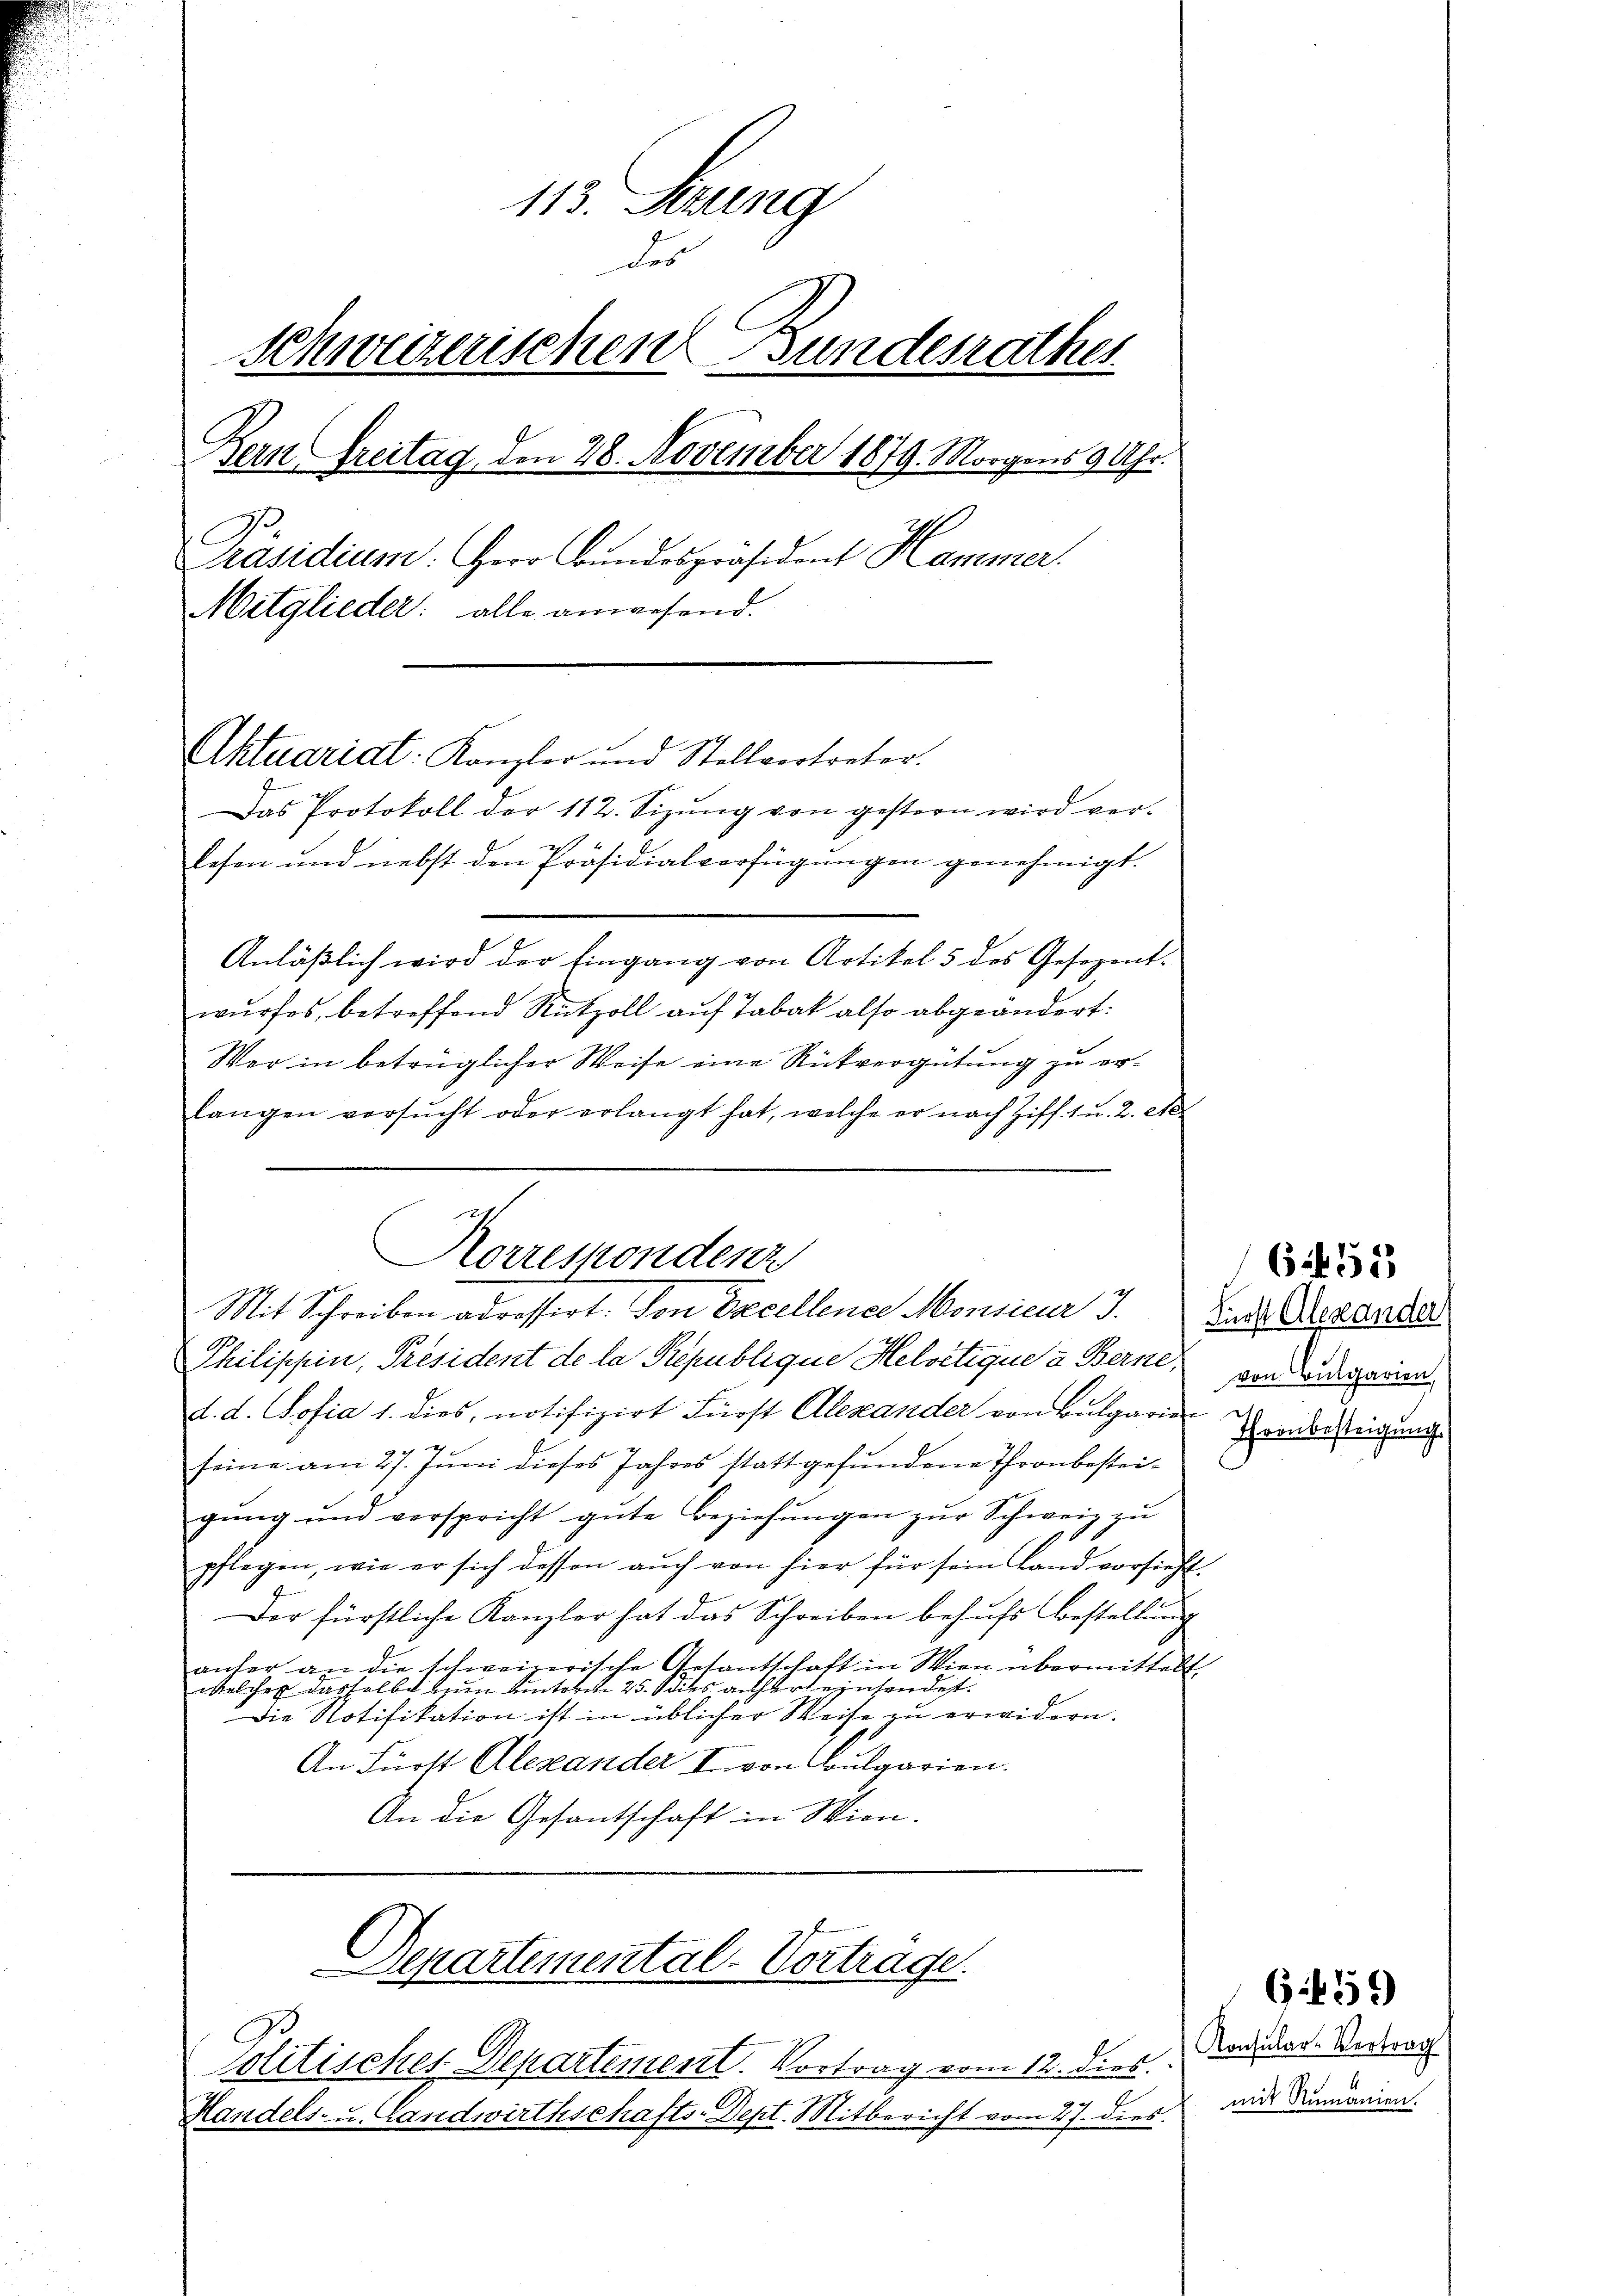
113. Seung
des
Schweizerischen Bundesrathes
Bern Greitag den 28. November 1879. Morgens 9 Uhr.
Präsidium. Herr Bundespräsident Hanener.
Mitglieder: alle anwesend.
Aktuariat: Kanzler und Stellvortreter.
Das Protokoll der 112. Sizŭng von gestern wird ver-
lesen und nebst den Präsidialverfügŭngen genehmigt.

Anläßlich wird der Eingang von Artikel 5 des Gesezentwurfes, betreffend Rützoll auf Tabak also abgeändert:
Wer in betrüglicher Weise eine Rückvergütung zu erlangen versŭcht oder erlangt hat, welche er nach Ziff. 1 u. 2. et
Philippin, Président de la République Helvetique à Berne, von irgerien
d. d. Sofia 1. dies, notifizirt Fürst Alexander von Bulgarin
seine am 27. Juni dieses Jahres stattgefundene Thronbesteigung und verspricht gute Beziehungen zur Schweiz zu
pflegen, wie er sich dessen aŭch von hier für sein Land vorsieht
Der fürstliche Kanzler hat das Schreiben behufs Bestellung
anter an die schweizerische Gesantschaft in Wien übermittelt.
welcher dasselbe zum Hinterm 25. dies anhert einsendet.
Die Notifikation ist in üblicher Weise erwidern.
An Fürst Alexander I. von Bulgarien.
An die Gesantschaft in Wien.

Korrespondenz
Mit Schreiben adressirt. Von Erecellence Monsinuar J. Zins Alexandes

Politisches Departement. Vortrag vom 12. dies.
Handels- u. Landwirthschafts-Dept. Mitbericht vom 27. dies

Departemental-Vortrage

Threnbesteigung

655

Konsular-Vertrag
mit Rumänien.

G.159